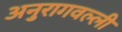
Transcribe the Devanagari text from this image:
अनुरागवल्ली